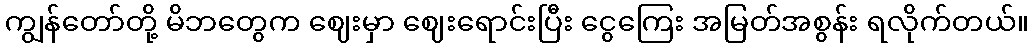
ကျွန်တော်တို့ မိဘတွေက ဈေးမှာ ဈေးရောင်းပြီး ငွေကြေး အမြတ်အစွန်း ရလိုက်တယ်။